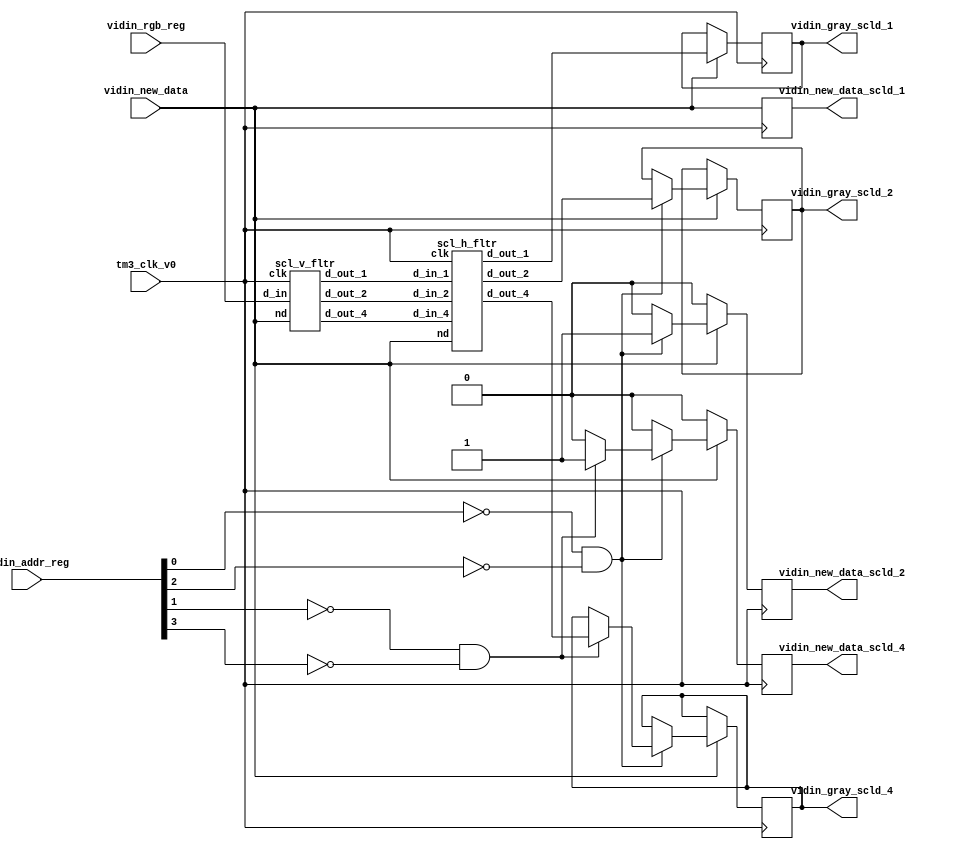

module scaler (
    tm3_clk_v0, 
    vidin_new_data, 
    vidin_rgb_reg, 
    vidin_addr_reg, 
    vidin_new_data_scld_1, 
    vidin_new_data_scld_2, 
    vidin_new_data_scld_4, 
    vidin_gray_scld_1, 
    vidin_gray_scld_2, 
    vidin_gray_scld_4
);
   input tm3_clk_v0; 
   input vidin_new_data; 
   input[7:0] vidin_rgb_reg; 
   input[3:0] vidin_addr_reg; 
   output vidin_new_data_scld_1; 
   reg vidin_new_data_scld_1;
   output vidin_new_data_scld_2; 
   reg vidin_new_data_scld_2;
   output vidin_new_data_scld_4; 
   reg vidin_new_data_scld_4;
   output[7:0] vidin_gray_scld_1; 
   reg[7:0] vidin_gray_scld_1;
   output[7:0] vidin_gray_scld_2; 
   reg[7:0] vidin_gray_scld_2;
   output[7:0] vidin_gray_scld_4; 
   reg[7:0] vidin_gray_scld_4;

   wire[7:0] v_fltr_sc_1; 
   wire[7:0] v_fltr_sc_2; 
   wire[7:0] v_fltr_sc_4; 
   wire[7:0] h_fltr_sc_1; 
   wire[7:0] h_fltr_sc_2; 
   wire[7:0] h_fltr_sc_4; 

   scl_v_fltr scl_v_fltr_inst (tm3_clk_v0, vidin_new_data, vidin_rgb_reg, v_fltr_sc_1, v_fltr_sc_2, v_fltr_sc_4); 
   scl_h_fltr scl_h_fltr_inst (tm3_clk_v0, vidin_new_data, v_fltr_sc_1, v_fltr_sc_2, v_fltr_sc_4, h_fltr_sc_1, h_fltr_sc_2, h_fltr_sc_4); 

   always @(posedge tm3_clk_v0)
   begin
         vidin_new_data_scld_1 <= vidin_new_data ;          
         if (vidin_new_data == 1'b1)
         begin
            vidin_gray_scld_1 <= h_fltr_sc_1 ; 
            if ((vidin_addr_reg[0]) == 1'b0 & (vidin_addr_reg[2]) == 1'b0)
            begin
               vidin_gray_scld_2 <= h_fltr_sc_2 ; 
               vidin_new_data_scld_2 <= 1'b1 ; 
               if ((vidin_addr_reg[1]) == 1'b0 & (vidin_addr_reg[3]) == 1'b0)
               begin
                    vidin_gray_scld_4 <= h_fltr_sc_4 ; 
                    vidin_new_data_scld_4 <= 1'b1 ; 
               end 
               else 
               begin
                   vidin_new_data_scld_4 <= 1'b0 ; 
               end
            end 
            else 
            begin                
                vidin_new_data_scld_2 <= 1'b0;
                vidin_new_data_scld_4 <= 1'b0; 
            end 
         end 
         else 
         begin 
            vidin_new_data_scld_2 <= 1'b0;
            vidin_new_data_scld_4 <= 1'b0 ;
         end
   end 
endmodule
module scl_h_fltr (clk, nd, d_in_1, d_in_2, d_in_4, d_out_1, d_out_2, d_out_4);

   input clk; 
   input nd; 
   input[7:0] d_in_1; 
   input[7:0] d_in_2; 
   input[7:0] d_in_4; 
   output[7:0] d_out_1; 
   reg[7:0] d_out_1;
   output[7:0] d_out_2; 
   reg[7:0] d_out_2;
   output[7:0] d_out_4; 
   reg[7:0] d_out_4;

   wire[7:0] buff_out_20; 
   wire[7:0] buff_out_21; 
   wire[7:0] buff_out_22; 
   wire[7:0] buff_out_23; 
   reg[7:0] buff_out_reg_21; 
   reg[7:0] buff_out_reg_22; 
   reg[7:0] buff_out_reg_23; 
   wire[7:0] buff_out_40; 
   wire[7:0] buff_out_41; 
   wire[7:0] buff_out_42; 
   wire[7:0] buff_out_43; 
   wire[7:0] buff_out_44; 
   wire[7:0] buff_out_45; 
   wire[7:0] buff_out_46; 
   wire[7:0] buff_out_47; 
   reg[7:0] buff_out_reg_41; 
   reg[7:0] buff_out_reg_42; 
   reg[7:0] buff_out_reg_43; 
   reg[7:0] buff_out_reg_44; 
   reg[7:0] buff_out_reg_45; 
   reg[7:0] buff_out_reg_46; 
   reg[7:0] buff_out_reg_47; 
   reg[9:0] add_2_tmp_1; 
   reg[9:0] add_2_tmp_2; 
   reg[9:0] add_2_tmp; 
   reg[11:0] add_4_tmp_1; 
   reg[11:0] add_4_tmp_2; 
   reg[11:0] add_4_tmp_3; 
   reg[11:0] add_4_tmp_4; 
   reg[11:0] add_4_tmp_5; 
   reg[11:0] add_4_tmp_6; 
   reg[11:0] add_4_tmp_7; 
   reg[11:0] add_4_tmp_8; 
   reg[11:0] add_4_tmp; 

   assign buff_out_20 = d_in_2 ;
   assign buff_out_40 = d_in_4 ;

   sh_reg_1  ints_sh_reg_2_0(clk, nd, buff_out_20, buff_out_21); 
   sh_reg_1  ints_sh_reg_2_1(clk, nd, buff_out_21, buff_out_22); 
   sh_reg_1  ints_sh_reg_2_2(clk, nd, buff_out_22, buff_out_23); 
   sh_reg_1  ints_sh_reg_4_0(clk, nd, buff_out_40, buff_out_41); 
   sh_reg_1  ints_sh_reg_4_1(clk, nd, buff_out_41, buff_out_42); 
   sh_reg_1  ints_sh_reg_4_2(clk, nd, buff_out_42, buff_out_43); 
   sh_reg_1  ints_sh_reg_4_3(clk, nd, buff_out_43, buff_out_44); 
   sh_reg_1  ints_sh_reg_4_4(clk, nd, buff_out_44, buff_out_45); 
   sh_reg_1  ints_sh_reg_4_5(clk, nd, buff_out_45, buff_out_46); 
   sh_reg_1  ints_sh_reg_4_6(clk, nd, buff_out_46, buff_out_47); 

   always @(posedge clk)
   begin
         if (nd == 1'b1)
         begin
            buff_out_reg_41 <= buff_out_41 ; 
            buff_out_reg_42 <= buff_out_42 ; 
            buff_out_reg_43 <= buff_out_43 ; 
            buff_out_reg_44 <= buff_out_44 ; 
            buff_out_reg_45 <= buff_out_45 ; 
            buff_out_reg_46 <= buff_out_46 ; 
            buff_out_reg_47 <= buff_out_47 ; 
            buff_out_reg_21 <= buff_out_21 ; 
            buff_out_reg_22 <= buff_out_22 ; 
            buff_out_reg_23 <= buff_out_23 ; 
            d_out_1 <= d_in_1 ; 
            d_out_2 <= add_2_tmp[9:2] ; 
            d_out_4 <= add_4_tmp[11:4] ; 
         end 
         add_2_tmp_1 <= ({2'b00, buff_out_reg_21}) + ({2'b00, buff_out_reg_23}) ; 
         add_2_tmp_2 <= {1'b0, buff_out_reg_22, 1'b0} ; 
         add_2_tmp <= add_2_tmp_1 + add_2_tmp_2 ; 
         add_4_tmp_1 <= ({4'b0000, buff_out_reg_41}) + ({4'b0000, buff_out_reg_47}) ; 
         add_4_tmp_2 <= ({3'b000, buff_out_reg_42, 1'b0}) + ({3'b000, buff_out_reg_46, 1'b0}) ; 
         add_4_tmp_3 <= ({3'b000, buff_out_reg_43, 1'b0}) + ({3'b000, buff_out_reg_45, 1'b0}) ; 
         add_4_tmp_4 <= ({4'b0000, buff_out_reg_43}) + ({4'b0000, buff_out_reg_45}) ; 
         add_4_tmp_5 <= ({2'b00, buff_out_reg_44, 2'b00}) ; 
         add_4_tmp_6 <= add_4_tmp_1 + add_4_tmp_2 ; 
         add_4_tmp_7 <= add_4_tmp_3 + add_4_tmp_4 ; 
         add_4_tmp_8 <= add_4_tmp_5 + add_4_tmp_6 ; 
         add_4_tmp <= add_4_tmp_7 + add_4_tmp_8 ; 
   end 
endmodule
module sh_reg_1 (clk, wen, din_1, dout_1);

   input clk; 
   input wen; 
   input[8 - 1:0] din_1; 
   output[8 - 1:0] dout_1; 
   reg[8 - 1:0] dout_1;

   always @(posedge clk)
   begin
         if (wen == 1'b1)
         begin
            dout_1 <= din_1 ; 
         end 
   end 
endmodule
module scl_v_fltr (clk, nd, d_in, d_out_1, d_out_2, d_out_4);

   // <<X-HDL>> : Warning - included file work/basic_type does not exist - this may affect translation

   input clk; 
   input nd; 
   input[7:0] d_in; 
   output[7:0] d_out_1; 
   reg[7:0] d_out_1;
   output[7:0] d_out_2; 
   reg[7:0] d_out_2;
   output[7:0] d_out_4; 
   reg[7:0] d_out_4;

   wire[7:0] buff_out0; 
   wire[7:0] buff_out1; 
   wire[7:0] buff_out2; 
   wire[7:0] buff_out3; 
   wire[7:0] buff_out4; 
   wire[7:0] buff_out5; 
   wire[7:0] buff_out6; 
   wire[7:0] buff_out7; 
   reg[7:0] buff_out_reg0; 
   reg[7:0] buff_out_reg1; 
   reg[7:0] buff_out_reg2; 
   reg[7:0] buff_out_reg3; 
   reg[7:0] buff_out_reg4; 
   reg[7:0] buff_out_reg5; 
   reg[7:0] buff_out_reg6; 
   reg[7:0] buff_out_reg7; 
   reg[9:0] add_2_tmp_1; 
   reg[9:0] add_2_tmp_2; 
   reg[9:0] add_2_tmp; 
   reg[11:0] add_4_tmp_1; 
   reg[11:0] add_4_tmp_2; 
   reg[11:0] add_4_tmp_3; 
   reg[11:0] add_4_tmp_4; 
   reg[11:0] add_4_tmp_5; 
   reg[11:0] add_4_tmp_6; 
   reg[11:0] add_4_tmp_7; 
   reg[11:0] add_4_tmp_8; 
   reg[11:0] add_4_tmp; 
   // <<X-HDL>> Unsupported Construct - attribute  (source line 33)
   // <<X-HDL>> Unsupported Construct - attribute  (source line 34))

   assign buff_out0 = d_in ;

   my_fifo_496 ints_fifo_gen_0 (clk, buff_out0, buff_out1, nd);
   my_fifo_496 ints_fifo_gen_1 (clk, buff_out1, buff_out2, nd);
   my_fifo_496 ints_fifo_gen_2 (clk, buff_out2, buff_out3, nd);
   my_fifo_496 ints_fifo_gen_3 (clk, buff_out3, buff_out4, nd);
   my_fifo_496 ints_fifo_gen_4 (clk, buff_out4, buff_out5, nd);
   my_fifo_496 ints_fifo_gen_5 (clk, buff_out5, buff_out6, nd);
   my_fifo_496 ints_fifo_gen_6 (clk, buff_out6, buff_out7, nd);

   always @(posedge clk)
   begin
         if (nd == 1'b1)
         begin
            buff_out_reg1 <= buff_out1 ; 
            buff_out_reg2 <= buff_out2 ; 
            buff_out_reg3 <= buff_out3 ; 
            buff_out_reg4 <= buff_out4 ; 
            buff_out_reg5 <= buff_out5 ; 
            buff_out_reg6 <= buff_out6 ; 
            buff_out_reg7 <= buff_out7 ; 
            d_out_1 <= buff_out_reg1 ; 
            d_out_2 <= add_2_tmp[9:2] ; 
            d_out_4 <= add_4_tmp[11:4] ; 
         end 
         add_2_tmp_1 <= ({2'b00, buff_out_reg1}) + ({2'b00, buff_out_reg3}) ; 
         add_2_tmp_2 <= {1'b0, buff_out_reg2, 1'b0} ; 
         add_2_tmp <= add_2_tmp_1 + add_2_tmp_2 ; 
         add_4_tmp_1 <= ({4'b0000, buff_out_reg1}) + ({4'b0000, buff_out_reg7}) ; 
         add_4_tmp_2 <= ({3'b000, buff_out_reg2, 1'b0}) + ({3'b000, buff_out_reg6, 1'b0}) ; 
         add_4_tmp_3 <= ({3'b000, buff_out_reg3, 1'b0}) + ({3'b000, buff_out_reg5, 1'b0}) ; 
         add_4_tmp_4 <= ({4'b0000, buff_out_reg3}) + ({4'b0000, buff_out_reg5}) ; 
         add_4_tmp_5 <= ({2'b00, buff_out_reg4, 2'b00}) ; 
         add_4_tmp_6 <= add_4_tmp_1 + add_4_tmp_2 ; 
         add_4_tmp_7 <= add_4_tmp_3 + add_4_tmp_4 ; 
         add_4_tmp_8 <= add_4_tmp_5 + add_4_tmp_6 ; 
         add_4_tmp <= add_4_tmp_7 + add_4_tmp_8 ; 
   end 
endmodule

module my_fifo_496 (clk, din, dout, rdy);

    input clk; 
    input[8 - 1:0] din; 
    output[8 - 1:0] dout; 
    reg[8 - 1:0] dout;
	input rdy;

    reg[8-1:0]buff1;
    reg[8-1:0]buff2;

	// Fifo size log(FIFO_SIZE)/log2

    always @(posedge clk)
    begin
		if (rdy == 1'b1)
		begin
			buff1 <= din;
			dout <= buff2;
			buff2 <= buff1;

		end
	end
endmodule